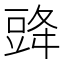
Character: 䜶